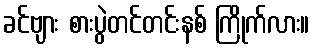
ခင်ဗျား စားပွဲတင်တင်းနစ် ကြိုက်လား။